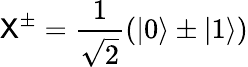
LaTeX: \textsf{X}^{\pm}=\frac{1}{\sqrt{2}}(\vert 0\rangle\pm\vert 1\rangle)